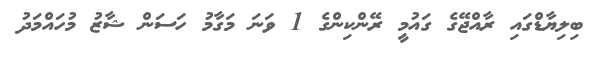
ބިލިޔާޑްގައި ރާއްޖޭގެ ގައުމީ ރޭންކިންގެ 1 ވަނަ މަގާމު ހަސަން ޝާޒު މުހައްމަދު